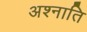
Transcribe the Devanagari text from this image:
अश्नाति